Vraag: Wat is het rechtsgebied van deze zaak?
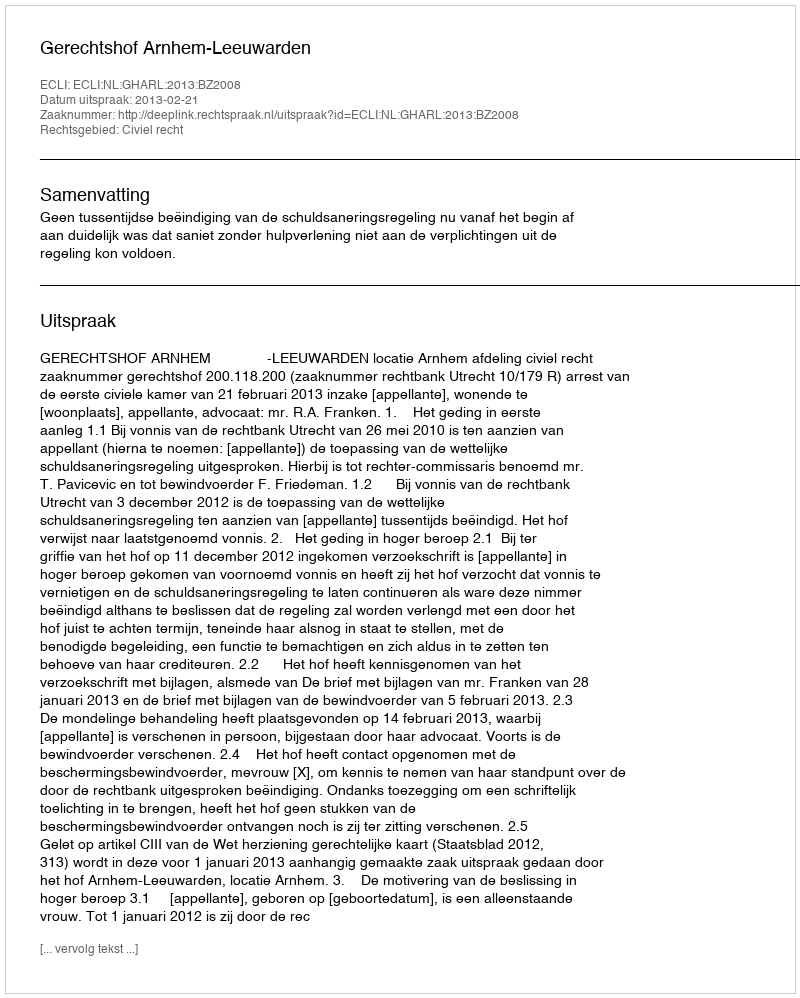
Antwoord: Civiel recht